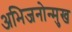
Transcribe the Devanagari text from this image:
अभिजनोन्मुख